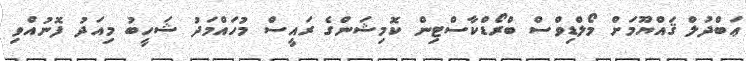
ޢަބްދުލް ޤައްޔޫމަށް މޯލްޑިވްސް ބްރޯޑްކާސްޓިން ކޮމިޝަންގެ ރައީސް މުހައްމަދު ޝަހީބު މިއަދު ފޮނުއްވި